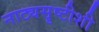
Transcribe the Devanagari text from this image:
नाट्यसॄष्टीशी